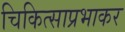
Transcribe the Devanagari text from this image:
चिकित्साप्रभाकर